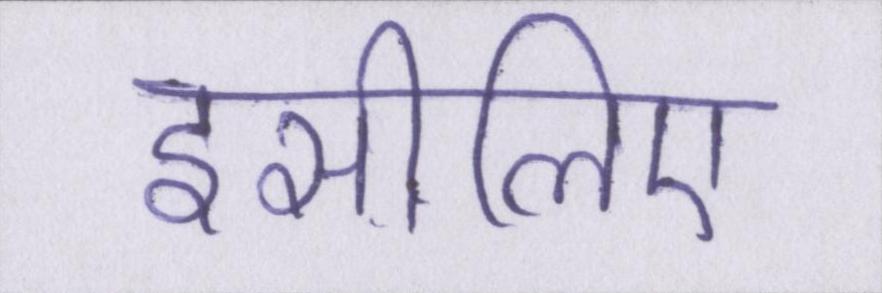
इसीलिए